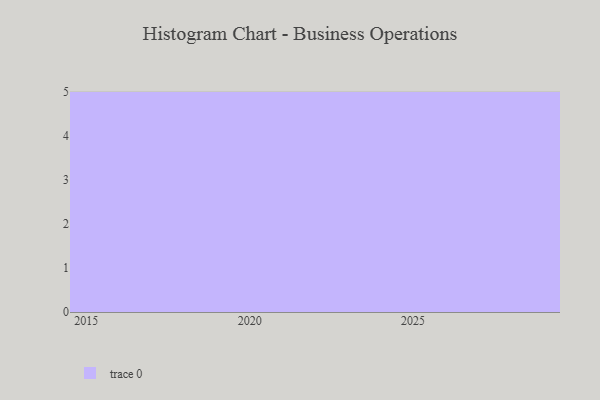
{"axis": {"x": "Year", "y": "Net Income (USD K)"}, "legend": [""], "data": [{"x": "2023", "y": 1, "type": ""}, {"x": "2015", "y": 24, "type": ""}, {"x": "2016", "y": 1, "type": ""}, {"x": "2022", "y": 50, "type": ""}, {"x": "2017", "y": 77, "type": ""}, {"x": "2021", "y": 21, "type": ""}, {"x": "2025", "y": 22, "type": ""}, {"x": "2024", "y": 46, "type": ""}, {"x": "2029", "y": 74, "type": ""}, {"x": "2026", "y": 43, "type": ""}, {"x": "2018", "y": 18, "type": ""}, {"x": "2027", "y": 40, "type": ""}, {"x": "2020", "y": 96, "type": ""}, {"x": "2019", "y": 93, "type": ""}, {"x": "2028", "y": 3, "type": ""}]}